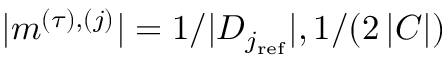
| m ^ { ( \tau ) , ( j ) } | = 1 / | D _ { j _ { \mathrm { r e f } } } | , 1 / ( 2 \, | C | )